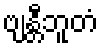
ဗျန္တီဘူတံ